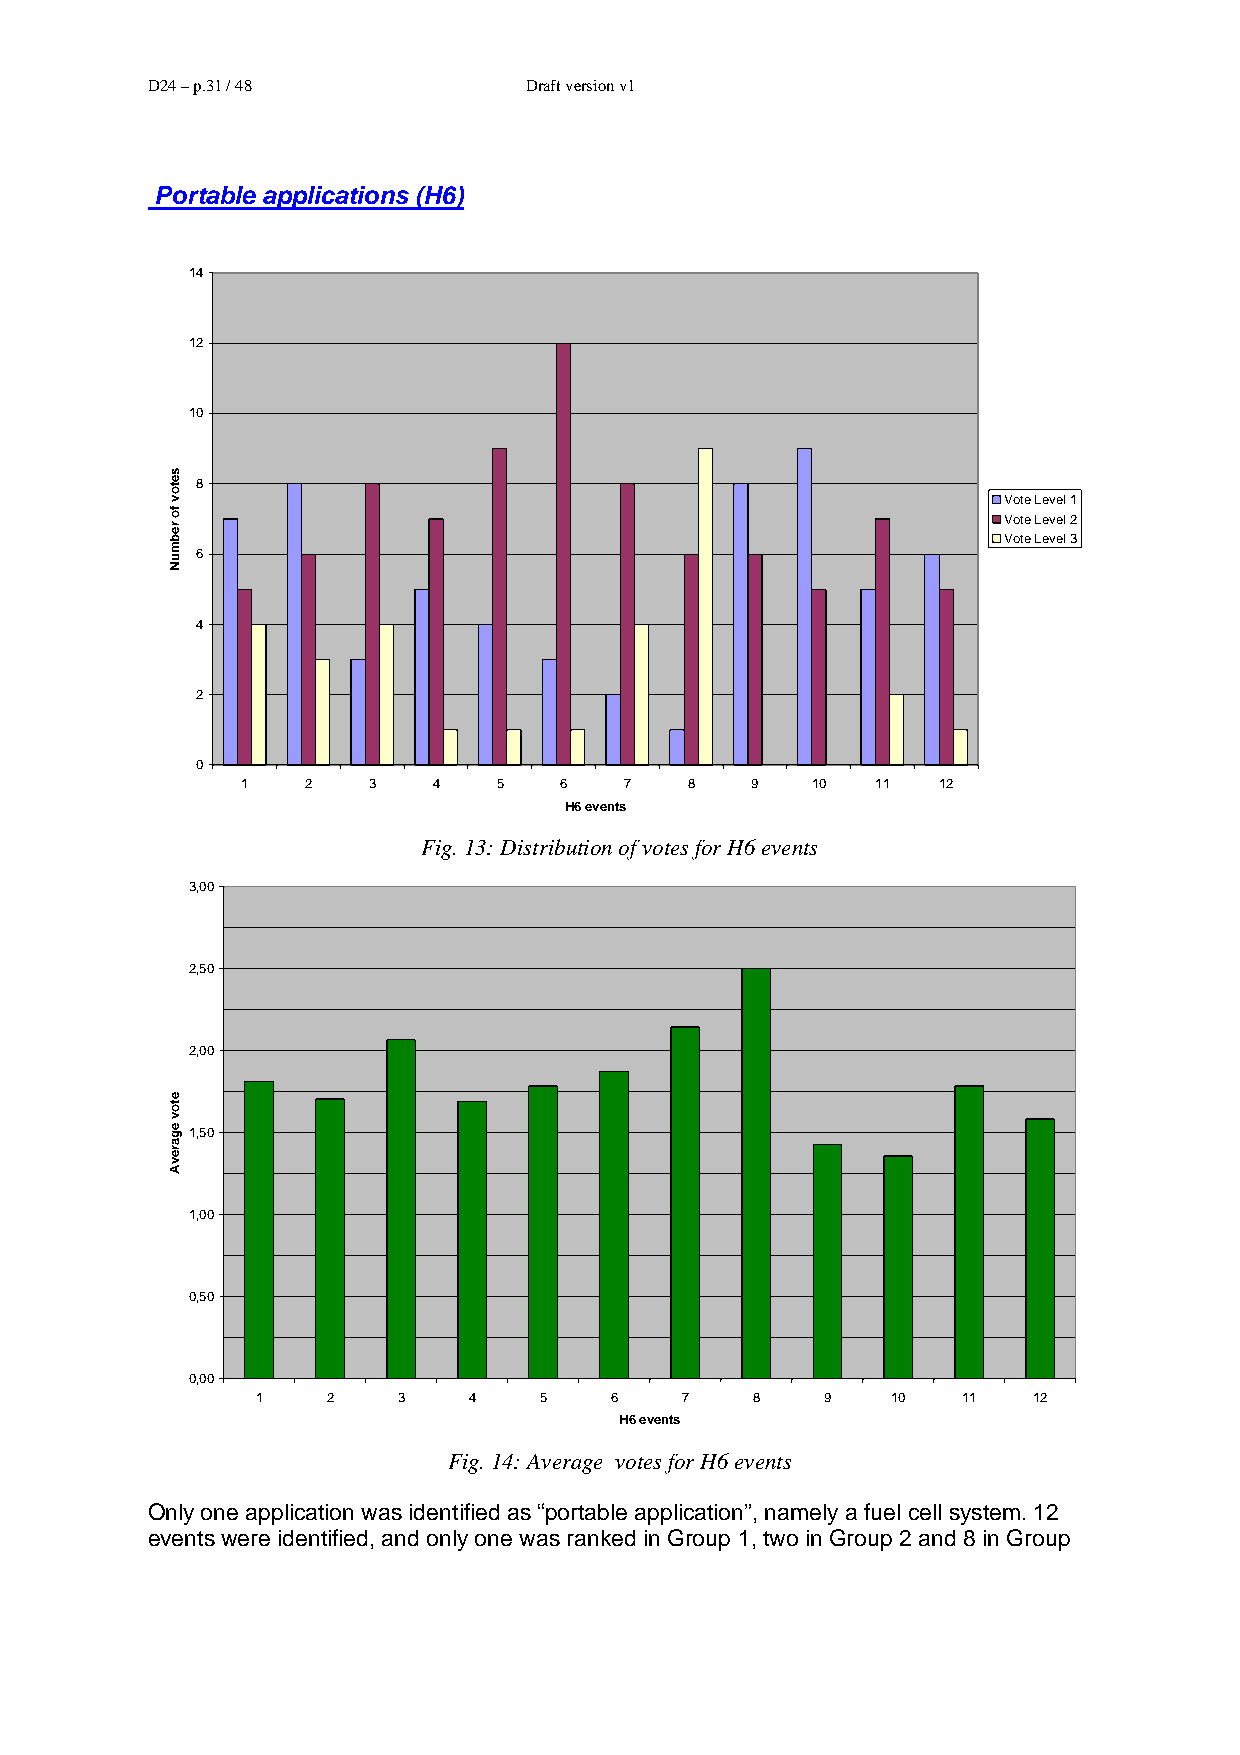
D24 – p.31 / 48          Draft version v1
 Portable applications (H6)
 14
 12
 10
 8
 Vote Level 1
 Vote Level 2
 Vote Level 3
 6
 4
 2
 0
 1   2   3    4   5   6   7    8   9   10  11  12
 H6 events
 Fig. 13: Distribution of votes for H6 events
 3,00
 2,50
 2,00
 1,50
 1,00
 0,50
 0,00
 1    2   3    4    5   6    7    8    9   10   11  12
 H6 events
 Fig. 14: Average votes for H6 events
 Only one application was identified as “portable application”, namely a fuel cell system. 12
 events were identified, and only one was ranked in Group 1, two in Group 2 and 8 in Group
 setov
 fo
 rebmuN
 etov
 egarevA